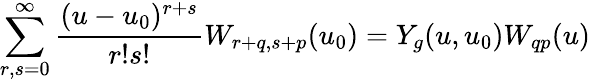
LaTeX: \sum_{r,s=0}^{\infty}{\frac{(u-u_{0})^{r+s}}{r!s!}}W_{r+q,s+p}(u_{0})=Y_{g}(u,u_{0})W_{qp}(u)